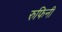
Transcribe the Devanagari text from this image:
रुफिनी